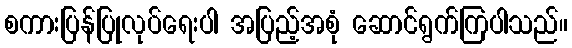
စကားပြန်ပြုလုပ်ရေးပါ အပြည့်အစုံ ဆောင်ရွက်ကြပါသည်။